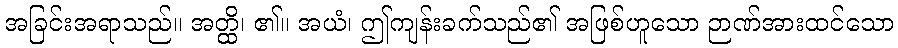
အခြင်းအရာသည်။ အတ္ထိ၊ ၏။ အယံ၊ ဤကျန်းခက်သည်၏ အဖြစ်ဟူသော ဉာဏ်အားထင်သော